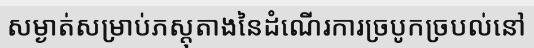
សម្ងាត់សម្រាប់ភស្តុតាងនៃដំណើរការច្របូកច្របល់នៅ